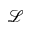
\mathscr { L }